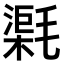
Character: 𣯸